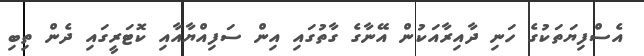
އެސްފިޔަތަކުގެ ހަނި ދާއިރާއަކުން އޭނާގެ ގާތުގައި އިން ސަފިއްޔާއާއި ކޮޓަރީގައި ދެން ތިބި